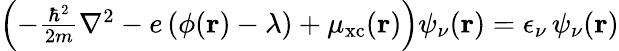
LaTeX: \begin{array}{r}{\left(-\frac{\hbar^{2}}{2m}\nabla^{2}-e\, (\phi(\mathbf{r})-\lambda)+\mu_{\mathrm{xc}}(\mathbf{r})\right)\psi_{\nu}(\mathbf{r})=\epsilon_{\nu}\, \psi_{\nu}(\mathbf{r})}\end{array}